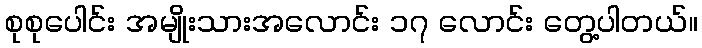
စုစုပေါင်း အမျိုးသားအလောင်း ၁၇ လောင်း တွေ့ပါတယ်။